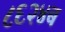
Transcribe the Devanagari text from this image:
८६२४ब